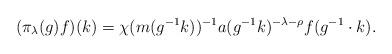
LaTeX: \begin{align*}(\pi_\lambda (g) f) (k) = \chi (m (g^{-1} k))^{-1} a (g^{-1} k)^{- \lambda - \rho} f (g^{-1} \cdot k).\end{align*}